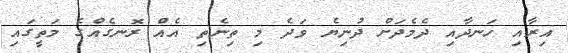
އިރާއި ހަނދާއި ދެމެދަށް ދުނިޔެ ވަދެ މި ތިނެތި އެއް ރޮނގެއްގެ މަތީގައި